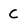
Character: C